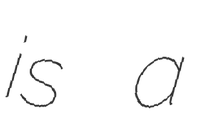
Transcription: is a